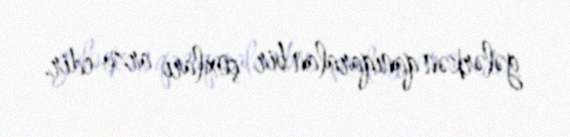
gələrkən qanıqaralan bir çoxları arzu edir.